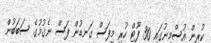
ކުރިން އުސްމިނުގައި 30 ފޫޓް ހުރި މިފަސް ގަނޑުން ފަސް ނެގުމުގެ ސަބަބުން